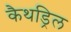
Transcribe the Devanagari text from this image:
कैथड्रिल